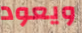
ويعود